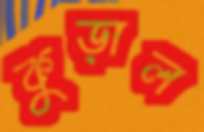
কুড়াল